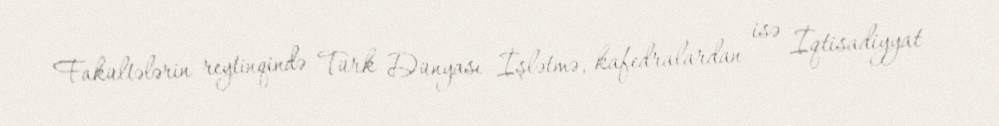
Fakültələrin reytinqində Türk Dünyası İşlətmə, kafedralardan isə İqtisadiyyat